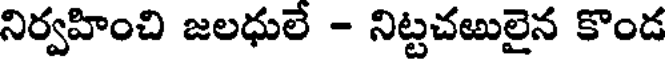
నిర్వహించి జలధులే - నిట్టచఱులైన కొండ